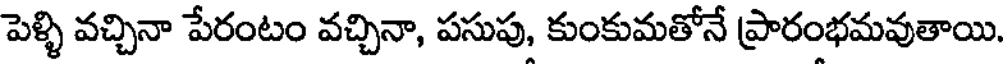
పెళ్ళి వచ్చినా పేరంటం వచ్చినా, పసుపు, కుంకుమతోనే ప్రారంభమవుతాయి.